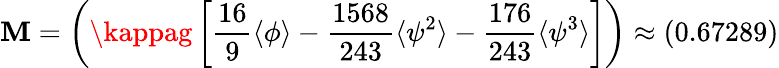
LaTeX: \mathbf{M}=\left(\kappag\left[\frac{{16}}{{9}}\langle\phi\rangle-\frac{{1568}}{{243}}\langle\psi^{2}\rangle-\frac{{176}}{{243}}\langle\psi^{3}\rangle\right]\right)\approx(0.67289)